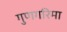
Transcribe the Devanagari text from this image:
गुणगरिमा